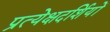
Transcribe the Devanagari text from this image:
प्रत्येक्षदर्शियों